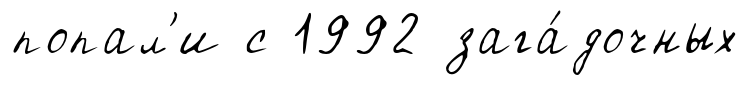
попал'и с 1992 зага́дочных